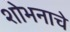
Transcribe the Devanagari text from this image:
शोभनाचे